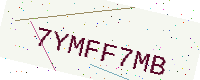
Text: 7YMFF7MB